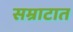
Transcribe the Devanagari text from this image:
सम्राटात